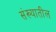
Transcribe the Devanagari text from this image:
संख्यातील